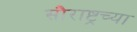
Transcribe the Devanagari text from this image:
सौराष्ट्रच्या